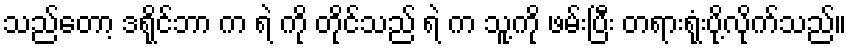
သည်တော့ ဒရိုင်ဘာ က ရဲ ကို တိုင်သည် ရဲ က သူ့ကို ဖမ်းပြီး တရားရုံးပို့လိုက်သည်။